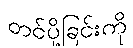
တင်ပို့ခြင်းကို